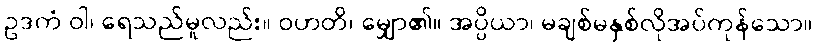
ဥဒကံ ဝါ၊ ရေသည်မူလည်း။ ဝဟတိ၊ မျှော၏။ အပ္ပိယာ၊ မချစ်မနှစ်လိုအပ်ကုန်သော။